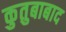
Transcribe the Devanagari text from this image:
कुतुबाबाद